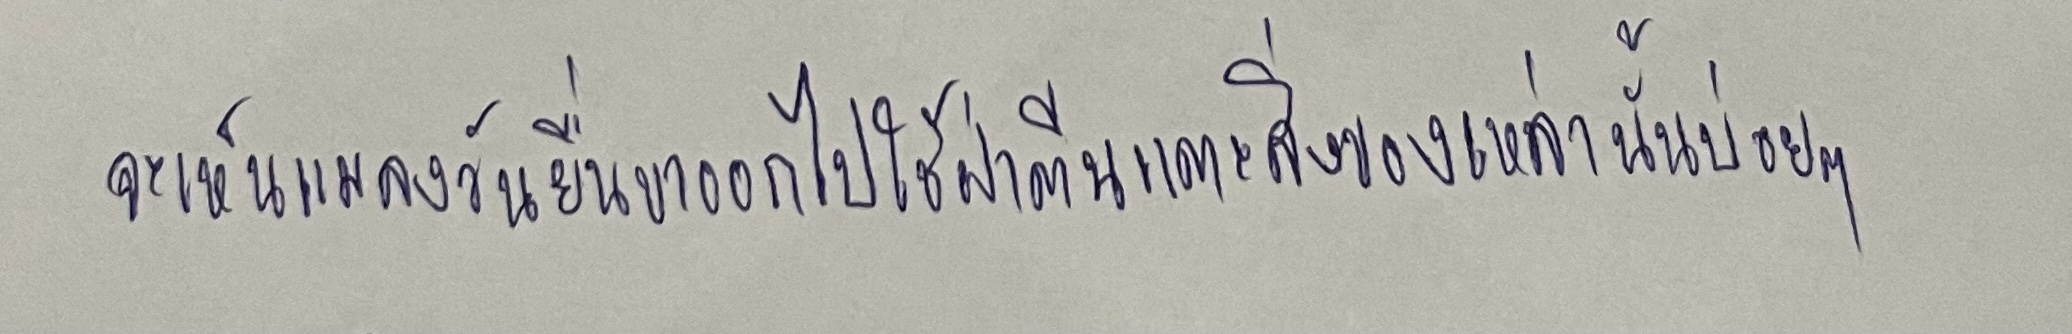
จะเห็นแมลงวันยื่นขาออกไปใช้ฝ่าตีนแตะสิ่งของเหล่านั้นบ่อยๆ